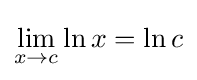
\lim _{x\to c}\ln {x}=\ln c